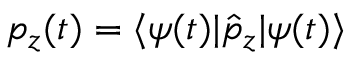
p _ { z } ( t ) = \langle \psi ( t ) | \hat { p } _ { z } | \psi ( t ) \rangle